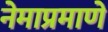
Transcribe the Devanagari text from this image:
नेमाप्रमाणे